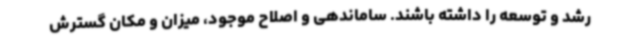
رشد و توسعه را داشته باشند. ساماندهی و اصلاح موجود، میزان و مکان گسترش